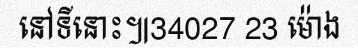
នៅទីនោះ៕34027 23 ម៉ោង